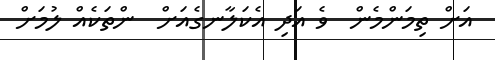
އަށް ތިމަންމެން  ވެ އަދި އެކަލާނގެއަށް  ންތަކެއް ލުމަށް